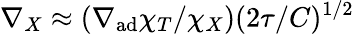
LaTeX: \nabla_{X}\approx(\nabla_{\mathrm{ad}}\chi_{T}/\chi_{X})(2\tau/C)^{1/2}